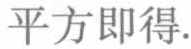
平方即得.